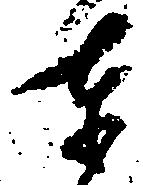
奉